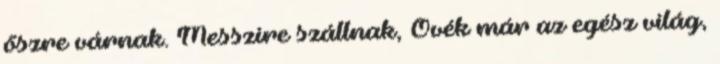
őszre várnak. Messzire szállnak, Övék már az egész világ,